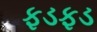
ફડફડ